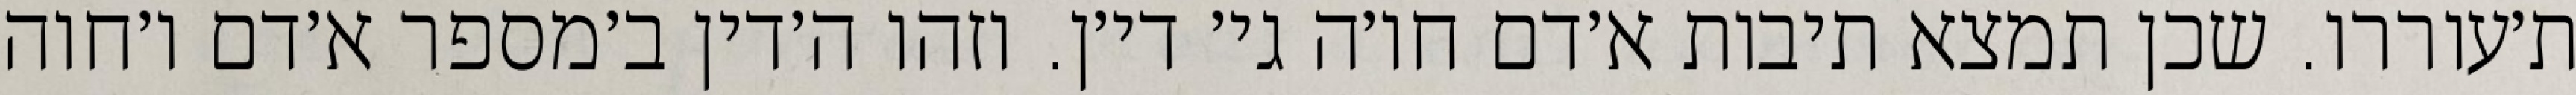
ת׳עוררו. שכן תמצא תיבות א׳דם חו׳ה גי׳ די׳ן. וזהו ה׳דין ב׳מספר א׳דם ו׳חוה